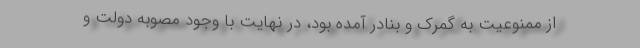
از ممنوعیت به گمرک و بنادر آمده بود، در نهایت با وجود مصوبه دولت و